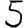
Digit: 5